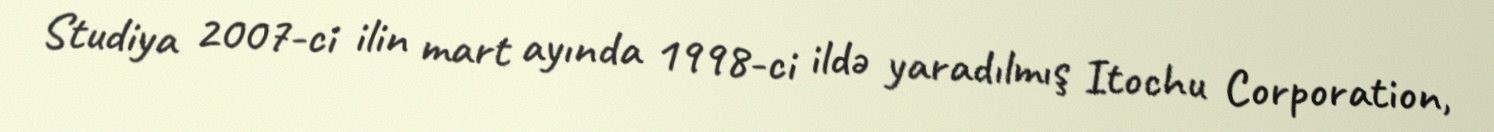
Studiya 2007-ci ilin mart ayında 1998-ci ildə yaradılmış Itochu Corporation,